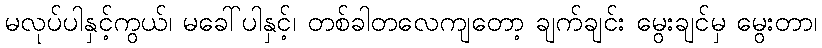
မလုပ်ပါနှင့်ကွယ်၊ မခေါ်ပါနှင့်၊ တစ်ခါတလေကျတော့ ချက်ချင်း မွေးချင်မှ မွေးတာ၊